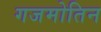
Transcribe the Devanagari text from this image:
गजमोतिन